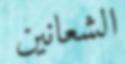
الشعانين